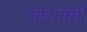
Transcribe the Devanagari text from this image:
नाशपत्ती